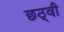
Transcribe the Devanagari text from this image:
छठ्वी